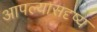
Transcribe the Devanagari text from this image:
आपल्यासदृष्य